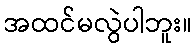
အထင်မလွဲပါဘူး။